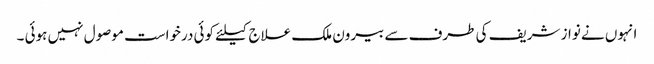
انہوں نے نواز شریف کی طرف سے بیرون ملک علاج کیلئے کوئی درخواست موصول نہیں ہوئی ۔